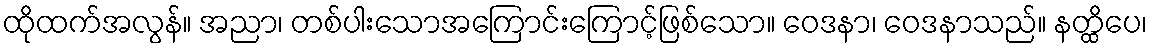
ထိုထက်အလွန်။ အညာ၊ တစ်ပါးသောအကြောင်းကြောင့်ဖြစ်သော။ ဝေဒနာ၊ ဝေဒနာသည်။ နတ္ထိပေ၊